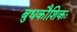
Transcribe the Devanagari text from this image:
बुधकौशिकः